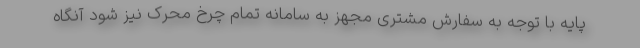
پایه با توجه به سفارش مشتری مجهز به سامانه تمام چرخ محرک نیز شود آنگاه